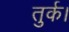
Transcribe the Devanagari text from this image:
तुर्क।